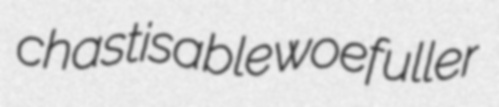
chastisable woefuller